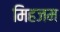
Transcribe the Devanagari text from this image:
मिहजम